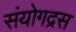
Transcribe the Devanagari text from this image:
संयोगद्रस